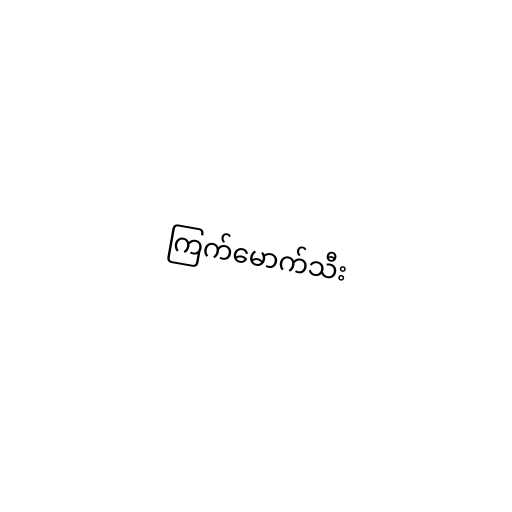
ကြက်မောက်သီး